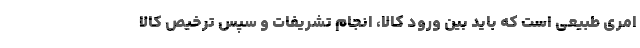
امری طبیعی است که باید بین ورود کالا، انجام تشریفات و سپس ترخیص کالا